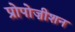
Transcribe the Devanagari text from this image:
प्रोपोज़ीशन